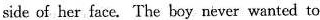
side of her face. The boy never wanted to